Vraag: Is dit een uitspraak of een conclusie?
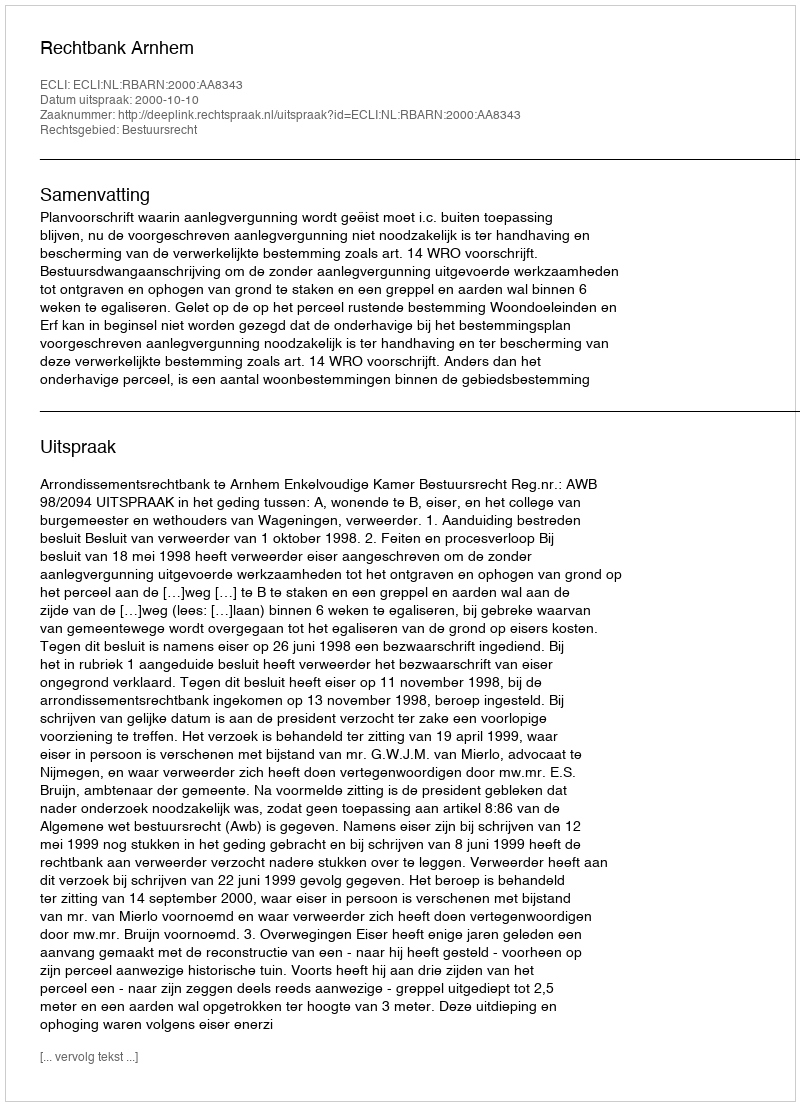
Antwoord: Uitspraak